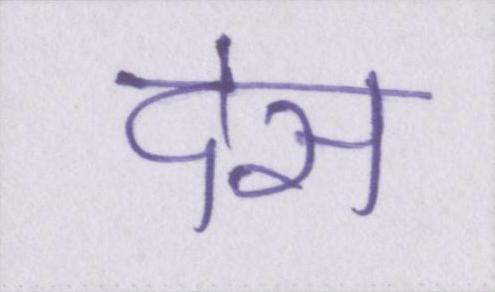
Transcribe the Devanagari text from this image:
देस